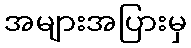
အများအပြားမှ